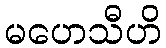
မဟေသီဟိ